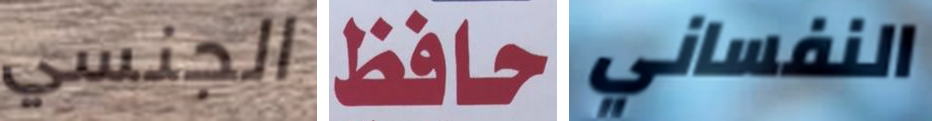
الجنسي حافظ النفساني